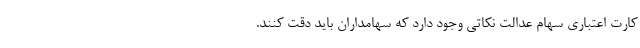
کارت اعتباری سهام عدالت نکاتی وجود دارد که سهامداران باید دقت کنند.